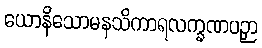
ယောနိသောမနသိကာရလက္ခဏပဉှာ